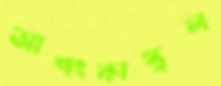
আশংকাস্থল